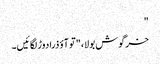
"
خرگوش بولا، "تو آؤ ذرا دوڑ لگائیں۔